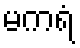
မကရံ